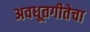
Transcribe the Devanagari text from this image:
अवधूतगीतेचा